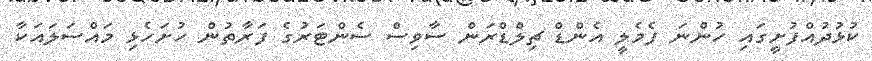
ކުޅުދުއްފުށީގައި ހުންނަ ފެމެލީ އެންޑް ޗިލްޑްރަން ސާވިސް ސެންޓަރުގެ ފަރާތުން ހުށަހެޅި މައްސަލައަކާ